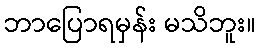
ဘာပြောရမှန်း မသိဘူး။